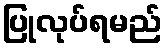
ပြုလုပ်ရမည်